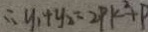
\therefore y _ { 1 } + y _ { 2 } = 2 p k ^ { 2 } + p